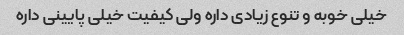
خیلی خوبه و تنوع زیادی داره ولی کیفیت خیلی پایینی داره